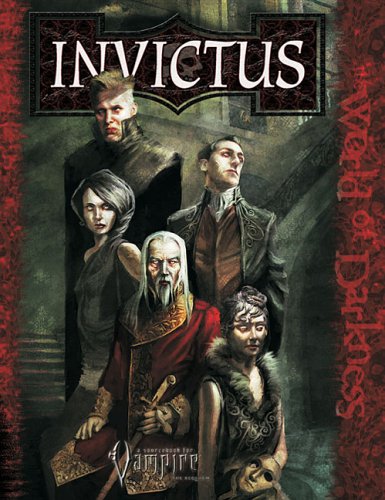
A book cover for The Invictus, A Sourcebook for Vampire - A Requiem (White Wolf Game Studio); Kraig Blackwelder; Science Fiction & Fantasy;